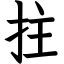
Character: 拄